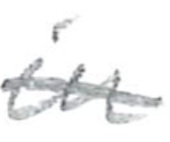
Text: in
Cross-out: mix
Writing tool: pencil